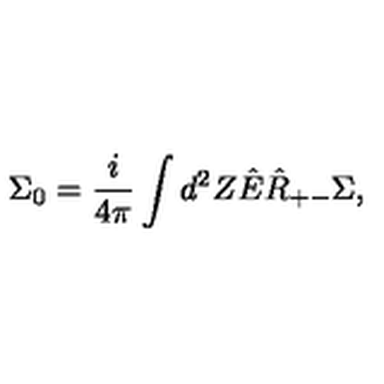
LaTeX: \Sigma _ { 0 } = \frac { i } { 4 \pi } \int d ^ { 2 } Z \hat { E } \hat { R } _ { + - } \Sigma ,